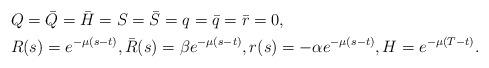
LaTeX: \begin{align*} & Q = \bar Q = \bar H = S = \bar S = q = \bar q = \bar r = 0, \\ & R(s) = e^{-\mu(s-t)}, \bar R(s) = \beta e^{-\mu(s-t)}, r(s) = -\alpha e^{-\mu(s-t)}, H = e^{-\mu(T-t)}.\end{align*}